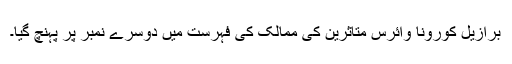
برازیل کورونا وائرس متاثرین کی ممالک کی فہرست میں دوسرے نمبر پر پہنچ گیا۔